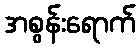
အစွန်းရောက်